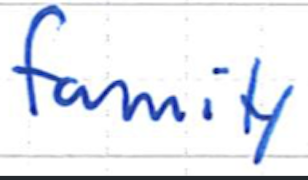
Text: family
Cross-out: clean
Writing tool: ballpoint